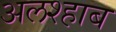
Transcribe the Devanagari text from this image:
अलश्हाब